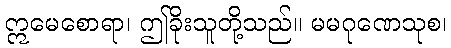
ဣမေစောရာ၊ ဤခိုးသူတို့သည်။ မမဂုဏေသုစ၊